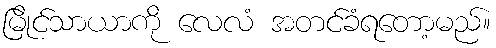
မြိုင်သာယာကို လေလံ အတင်ခံရတော့မည်။